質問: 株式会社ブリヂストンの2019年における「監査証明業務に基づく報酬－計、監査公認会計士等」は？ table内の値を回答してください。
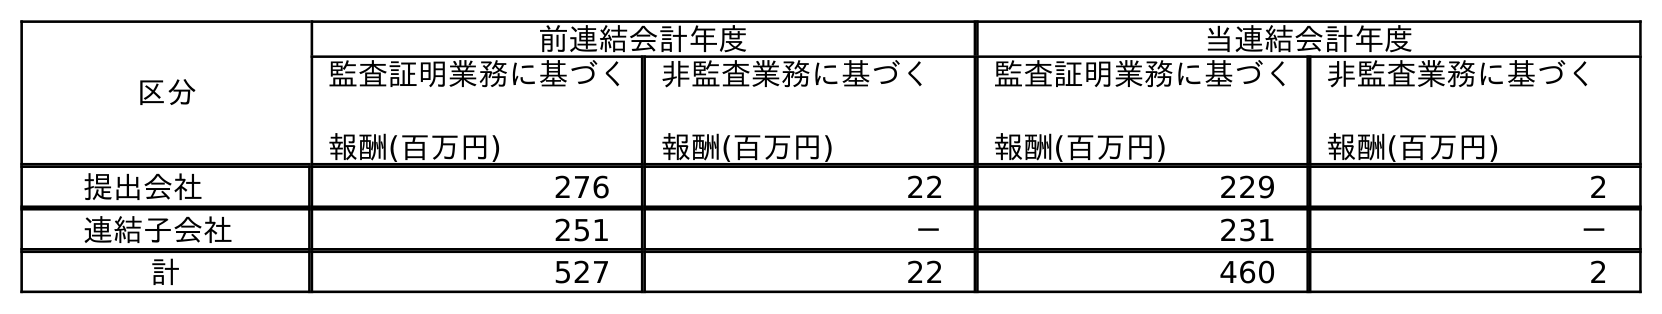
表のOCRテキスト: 区分 前連結会計年度 当連結会計年度 監査証明業務に基づく 報酬(百万円) 非監査業務に基づく 報酬(百万円) 監査証明業務に基づく 報酬(百万円) 非監査業務に基づく 報酬(百万円) 提出会社 276 22 229 2 連結子会社 251 － 231 － 計 527 22 460 2
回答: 527